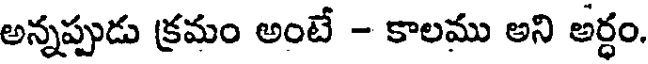
అన్నప్పుడు క్రమం అంటే - కాలము అని అర్ధం.